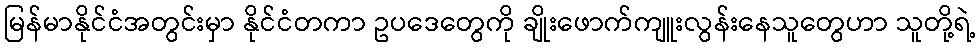
မြန်မာနိုင်ငံအတွင်းမှာ နိုင်ငံတကာ ဥပဒေတွေကို ချိုးဖောက်ကျူးလွန်းနေသူတွေဟာ သူတို့ရဲ့